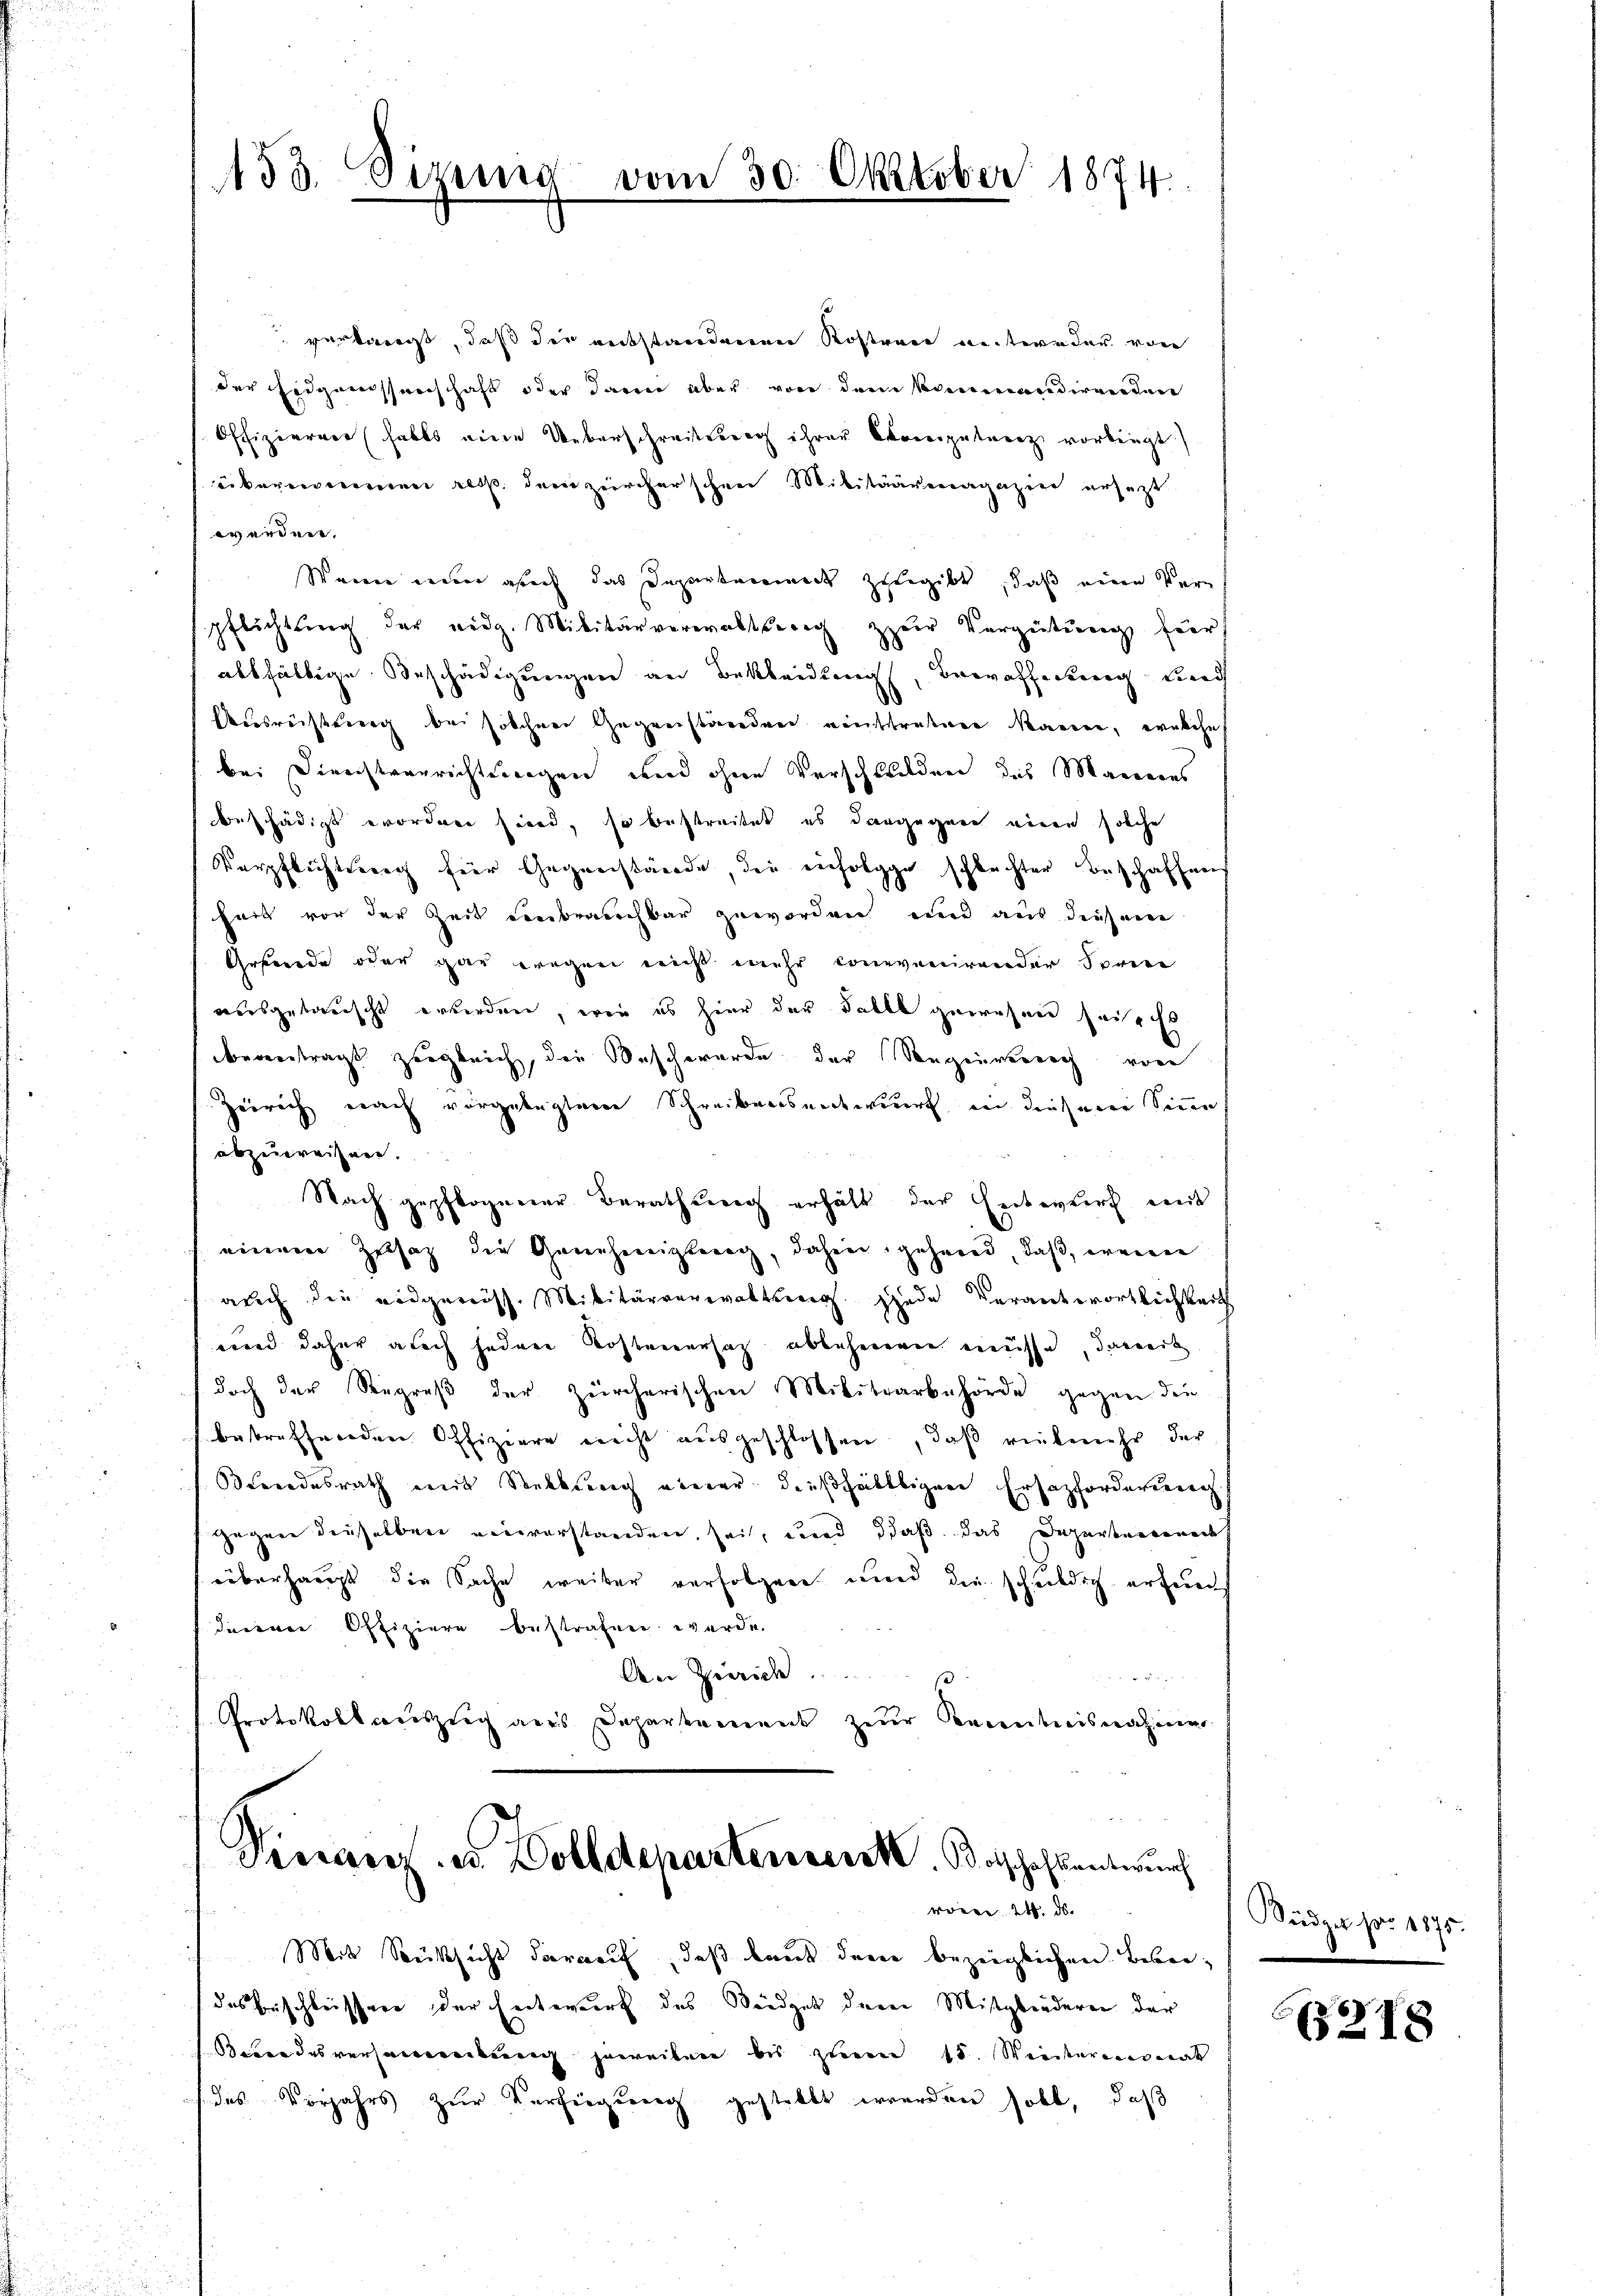
453. Sizung vom 30. Oktober 1874.

verlangt, daß der entstandenen Kosten entweder von
der Erdgarnissenschaft oder darin aber von dem kommandirenden
Offizierner habes eine Ueberschreitung ihrer Comipulanz vorliegt.
übereine es dem zürcherschen Militärvermagazine ersezt
worden.
Weine nur auch das Departement zugibt, daß eine Verpflichtung der eidg. Militärverwaltung zur Vergütung für
absfällige Beschädigungen an Bekleidung, bewaffnung wied
Ausrichtung bei solchen Gegreiständen einschränen kannen, welche
bei Direchtverrichtungen und ohne Verschwilden des Marieres
beschädigt erordnen sind, so bestreitet es dargegann einen solche
Verpflichtsrech für Gegenstände, die einfolge schlechter Beschaffen
hart vor der Zeit einbrauchbar geworden, und aus diesem
Grunde oder gar wegen nicht mehr convenirender Sprene
ausgetauscht erwerden, wie es hier der Falle gewesen seit ih
beantragt zugleich, die Beschwerde der Seegenreich von
Zeirich nach vorgelegtem Schreibensentwurf in diesem Sinne
abzuweisen.
Nach gepflogener Berathsweg erhält der Entwurf weit
einere Zusatz die Genehmigung, dahin, gehend, daß, wenn
auch die eidgereiss. Militärverwaltung. Jede Verantwortlichkeit
und daher auch federe Kosteuersatz ablehenen müsse, damit
doch der Regreß der zürcherischen Militarbehörde gegen den
betreffenden Offiziere nicht ausgeschlossen, daß vielmehr der
Owendesrath mit Reklung einer dießfälltigen Ersatzforderung
gegen dieselben einverstanden, sei, und daß das Departerrenad
überhaupt die Sache weiter verfolgen und die schuldig erfenen
deiner Offiziere bestrafen wurde.
An Zürich
Protokollauszug aus Departement zur Kenntnisnahmer

Kirranz, es Dolldeparterreiche Botschaft antwurf
von 24. d.

Mit Rücksicht darauf, daß baut der bezeiglichen Bebe¬
(das beschleissere der Entwurf des Steidget deren Mitgliederen der
desverhebung gereiten bis zum 15. Wintermonat
das Vorjahrs zur Verfügung gestellt werden soll, daß

Büdget pro 1875.

218